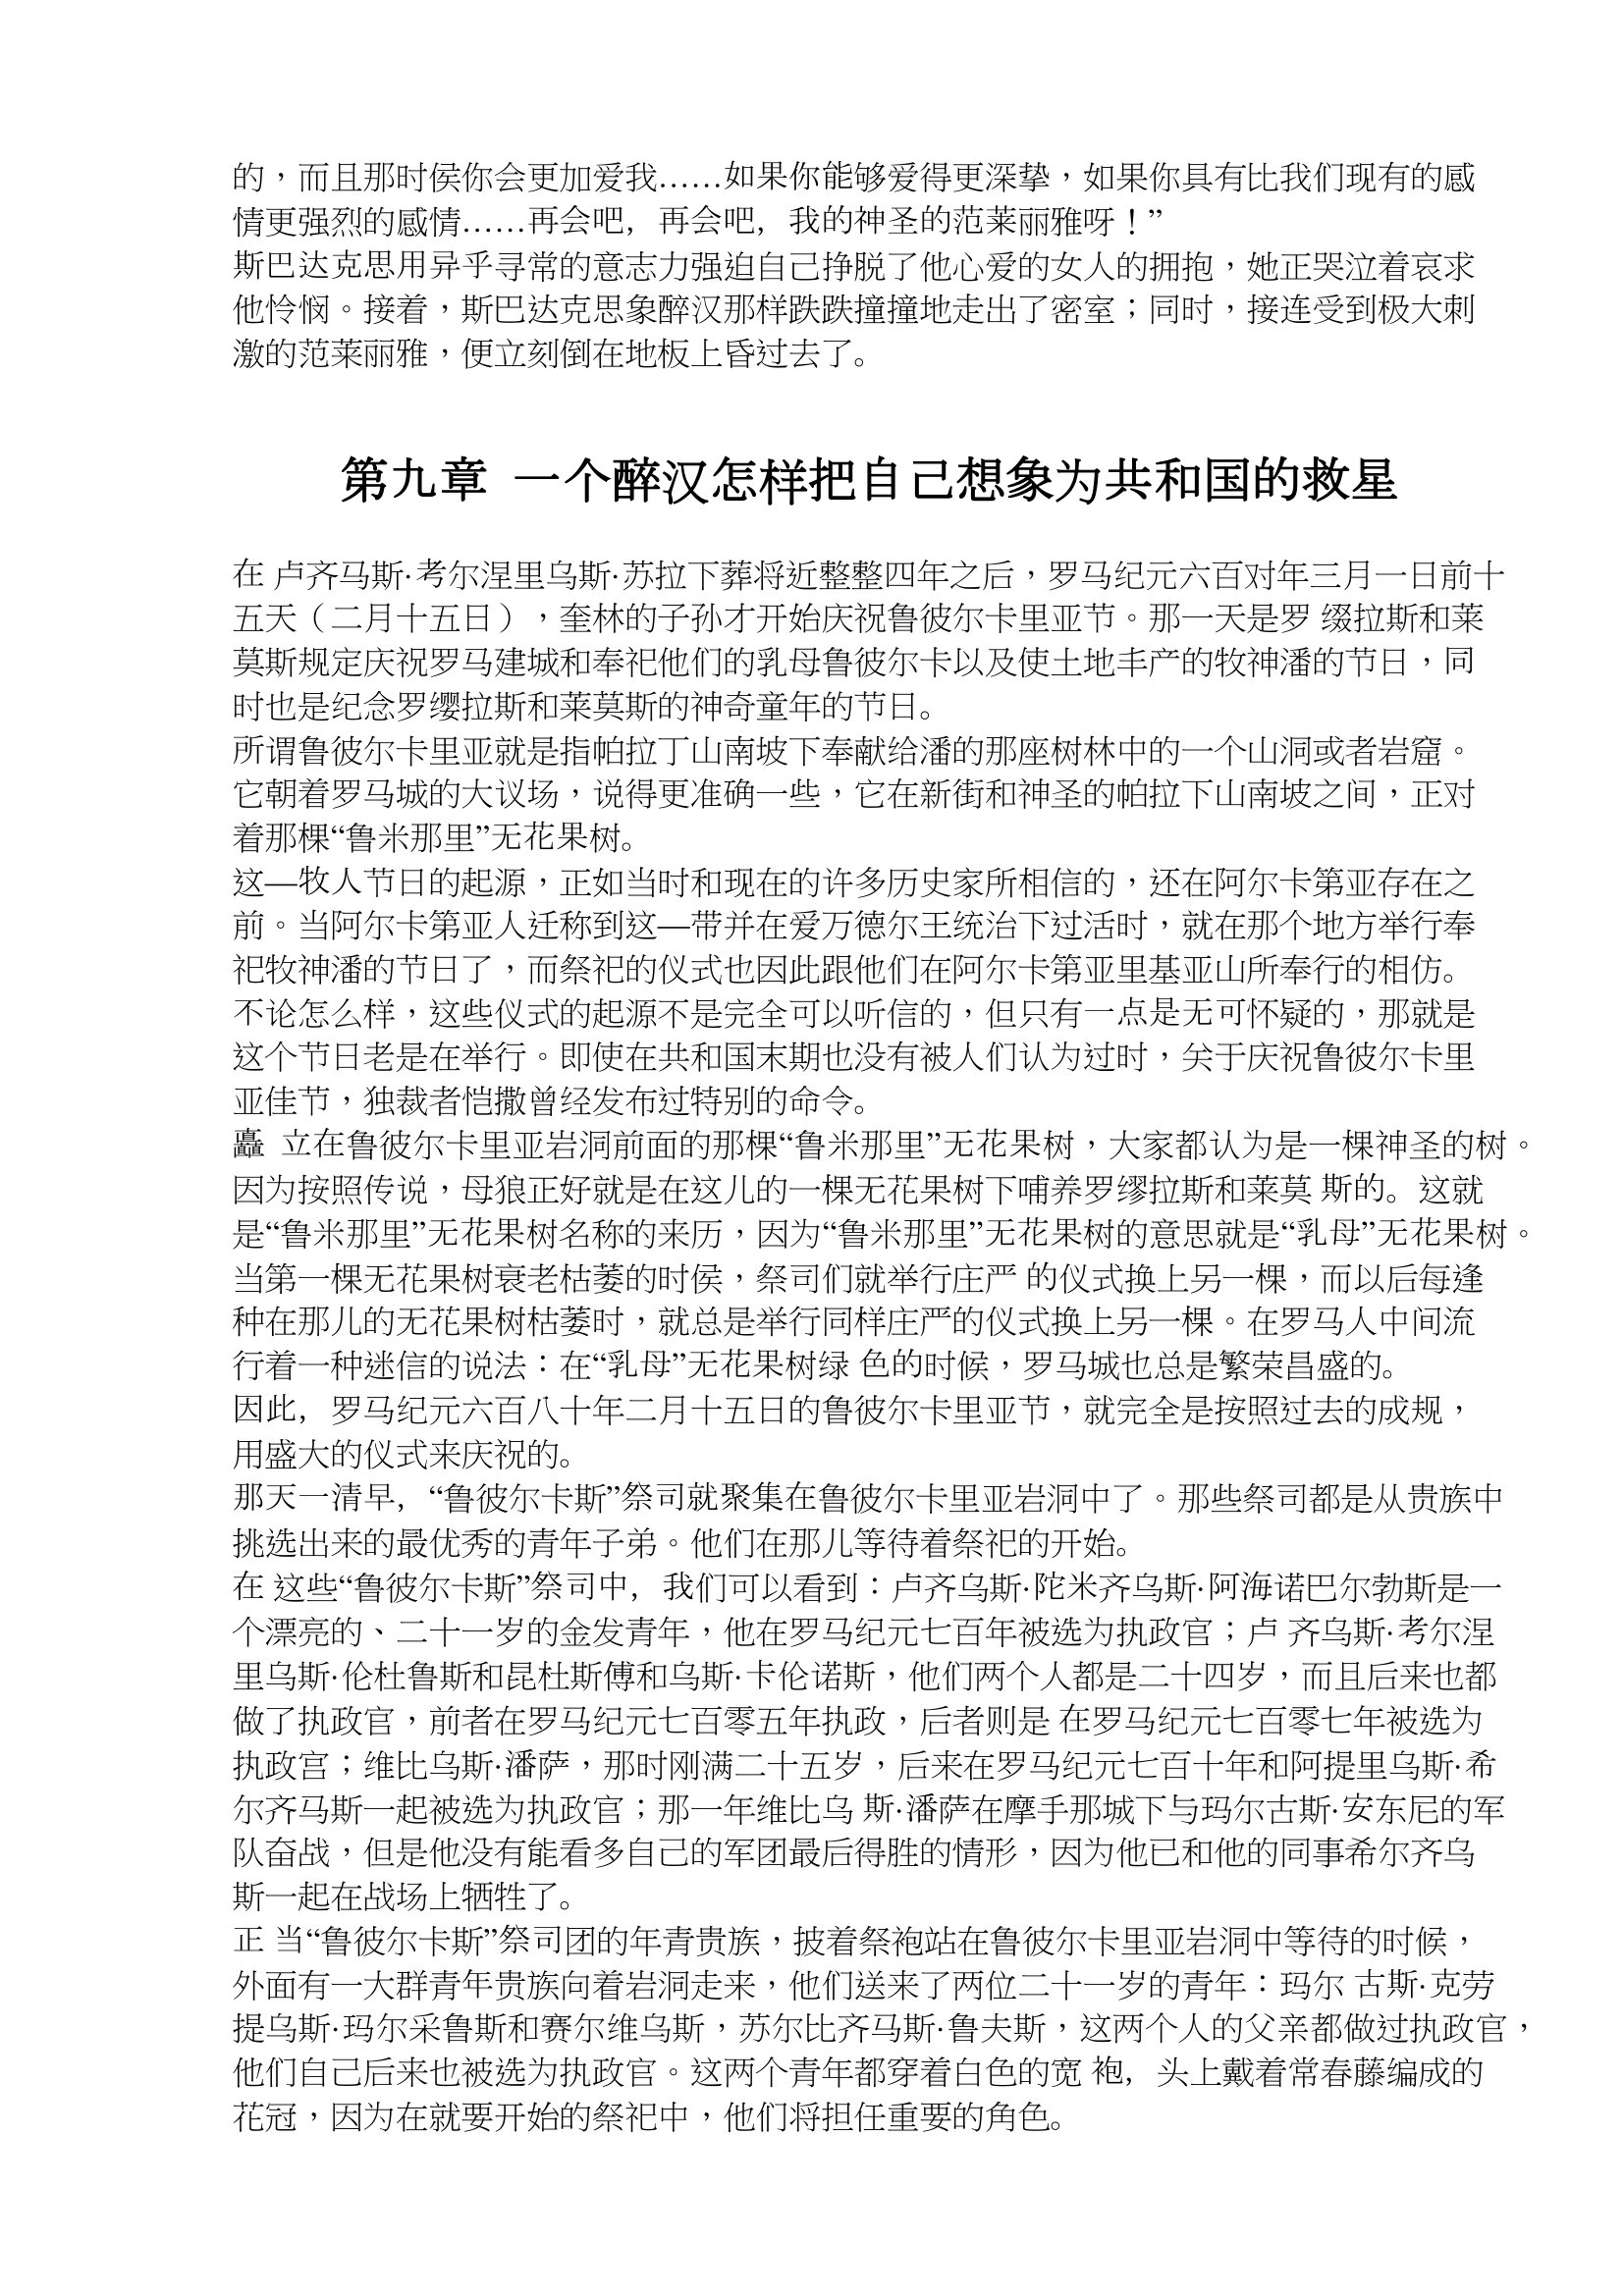
Language: zh